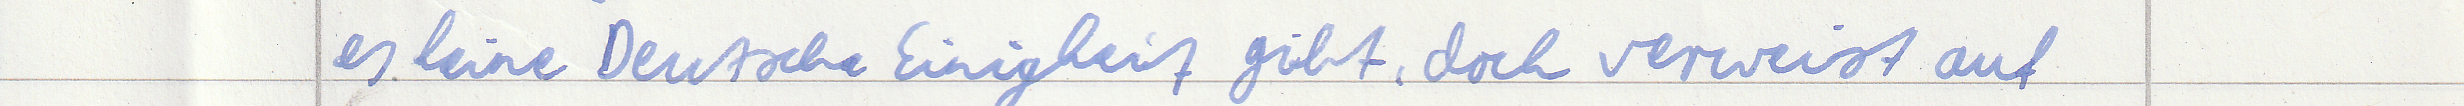
es keine Deutsche Einigkeit gibt, doch verweist auf